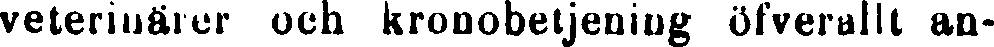
veterinärer och kronobetjening öfverallt an-